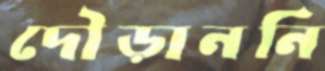
দৌড়াননি